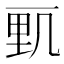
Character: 𰀓